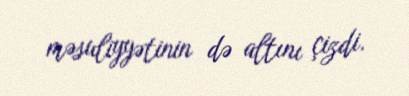
məsuliyyətinin də altını çizdi.